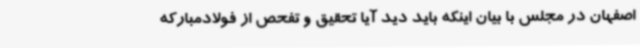
اصفهان در مجلس با بیان اینکه باید دید آیا تحقیق و تفحص از فولادمبارکه